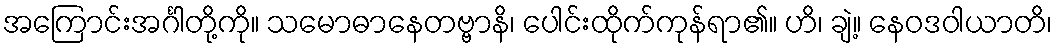
အကြောင်းအင်္ဂါတို့ကို။ သမောဓာနေတဗ္ဗာနိ၊ ပေါင်းထိုက်ကုန်ရာ၏။ ဟိ၊ ချဲ့။ နေဝဒဝါယာတိ၊